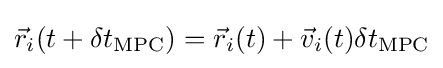
{\vec {r}}_{i}(t+\delta t_{\mathrm {MPC} })={\vec {r}}_{i}(t)+{\vec {v}}_{i}(t)\delta t_{\mathrm {MPC} }